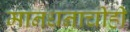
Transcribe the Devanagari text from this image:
मानधनाचीही